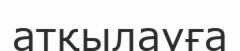
атқылауға